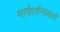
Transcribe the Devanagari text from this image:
मार्गदर्शनाखली